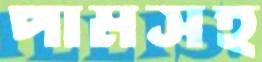
পামসহ